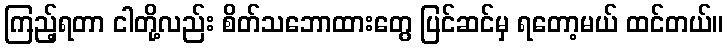
ကြည့်ရတာ ငါတို့လည်း စိတ်သဘောထားတွေ ပြင်ဆင်မှ ရတော့မယ် ထင်တယ်။